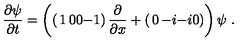
\frac { \partial \psi } { \partial t } = \left( \left( \begin{matrix} { 1 } & { 0 } \\ { 0 } & { - 1 } \\ \end{matrix} \right) \frac { \partial } { \partial x } + \left( \begin{matrix} { 0 } & { - i } \\ { - i } & { 0 } \\ \end{matrix} \right) \right) \psi \ .